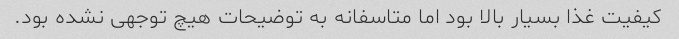
کیفیت غذا بسیار بالا بود اما متاسفانه به توضیحات هیچ توجهی نشده بود.